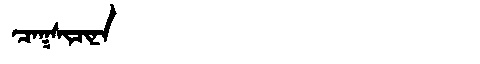
Manchu: ᠴᠠᡴᠰᡳᠴᡳᠨᠠ
Romanization: CAKSICINA